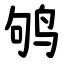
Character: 鸲